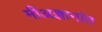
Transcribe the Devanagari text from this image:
मीअज्ञानांत